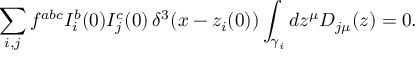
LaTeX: \sum _ { i , j } f ^ { a b c } I _ { i } ^ { b } ( 0 ) I _ { j } ^ { c } ( 0 ) \, \delta ^ { 3 } ( x - z _ { i } ( 0 ) ) \int _ { \gamma _ { i } } d z ^ { \mu } D _ { j \mu } ( z ) = 0 .